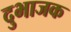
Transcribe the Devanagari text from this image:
दुभाजक